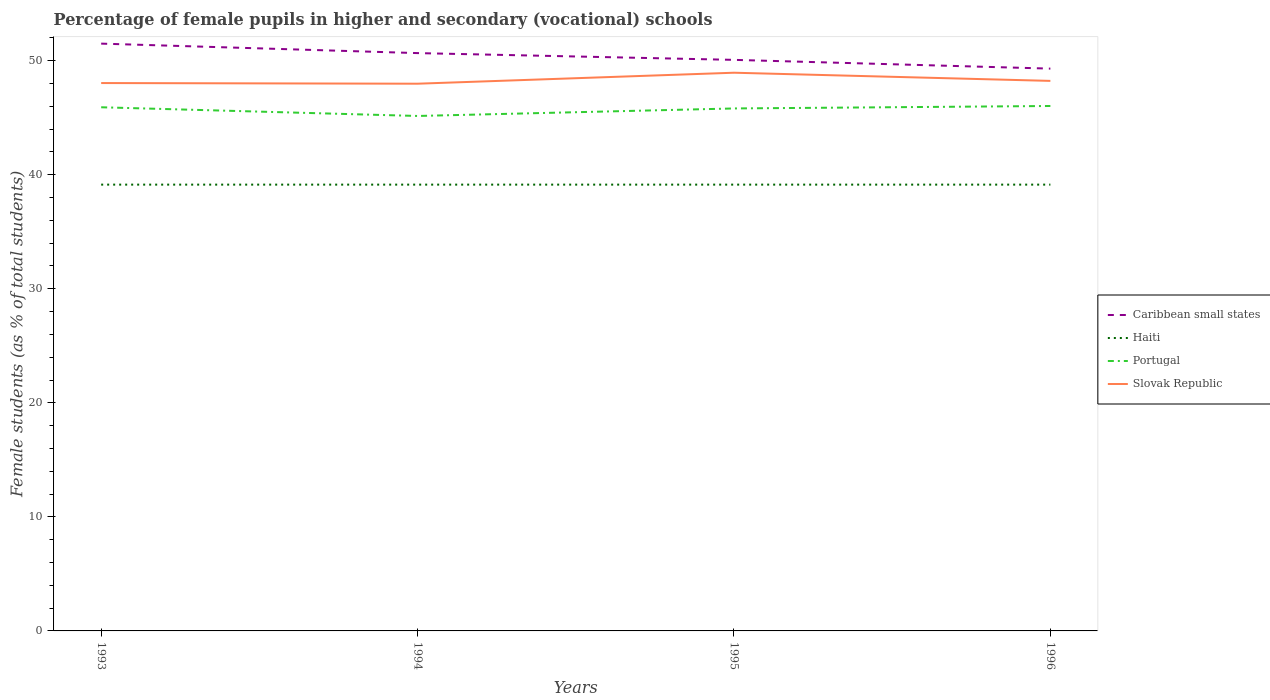
| Years | Caribbean small states | Haiti | Portugal | Slovak Republic |
 | --- | --- | --- | --- | --- |
 | 1993 | 51.5 | 39.1 | 45.9 | 48 |
 | 1994 | 50.7 | 39.1 | 45.2 | 48 |
 | 1995 | 50.1 | 39.1 | 45.8 | 48.9 |
 | 1996 | 49.3 | 39.1 | 46 | 48.2 |